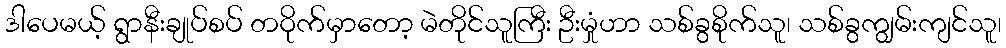
ဒါပေမယ့် ရွာနီးချုပ်စပ် တဝိုက်မှာတော့ မဲတိုင်သူကြီး ဦးမှုံဟာ သစ်ခွစိုက်သူ၊ သစ်ခွကျွမ်းကျင်သူ၊